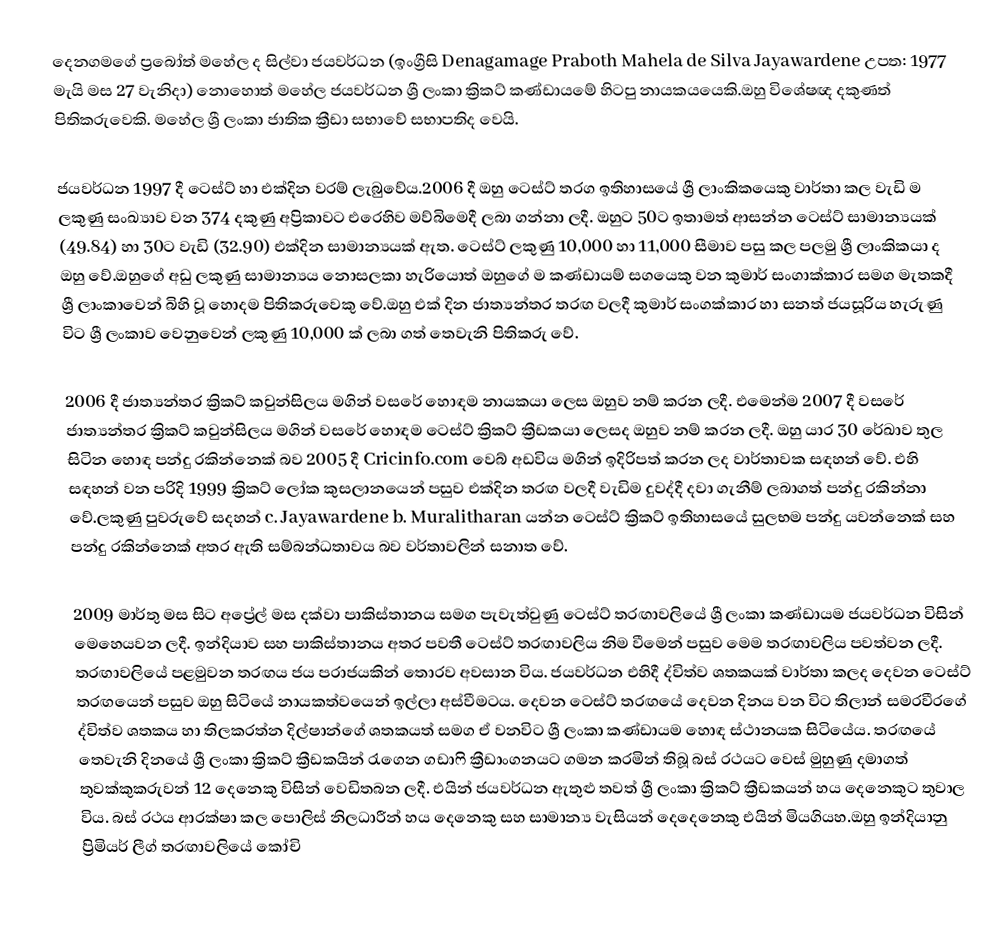
දෙනගමගේ ප්‍රබෝත් මහේල ද සිල්වා ජයවර්ධන (ඉංග්‍රීසි Denagamage Praboth Mahela de Silva Jayawardene උපත: 1977 මැයි මස 27 වැනිදා) නොහොත් මහේල ජයවර්ධන ශ්‍රී ලංකා ක්‍රිකට් කණ්ඩායමේ හිටපු නායකයයෙකි.ඔහු විශේෂඥ දකුණත් පිතිකරුවෙකි. මහේල ශ්‍රී ලංකා ජාතික ක්‍රීඩා සභාවේ සභාපතිද වෙයි.

ජයවර්ධන 1997 දී ටෙස්ට් හා එක්දින වරම් ලැබුවේය.2006 දී ඔහු ටෙස්ට් තරග ඉතිහාසයේ ශ්‍රී ලාංකිකයෙකු වාර්තා කල වැඩි ම ලකුණු සංඛ්‍යාව වන 374 දකුණු අප්‍රිකාවට එරෙහිව මව්බිමෙදී ලබා ගන්නා ලදී. ඔහුට 50ට ඉතාමත් ආසන්න ටෙස්ට් සාමාන්‍යයක් (49.84) හා 30ට  වැඩි (32.90) එක්දින සාමාන්‍යයක් ඇත. ටෙස්ට් ලකුණු 10,000 හා 11,000 සීමාව පසු කල පලමු ශ්‍රී ලාංකිකයා ද ඔහු වේ.ඔහුගේ අඩු ලකුණු සාමාන්‍යය නොසලකා හැරියොත් ඔහුගේ ම කණ්ඩායම් සගයෙකු වන කුමාර් සංගාක්කාර සමග මැතකදී ශ්‍රී ලාංකාවෙන් බිහි වූ හොදම පිතිකරුවෙකු වේ.ඔහු එක් දින ජාත්‍යන්තර තරඟ වලදී කුමාර් සංගක්කාර හා සනත් ජයසූරිය හැරුණු විට  ශ්‍රී ලංකාව වෙනුවෙන් ලකුණු 10,000 ක් ලබා ගත් තෙවැනි පිතිකරු වේ.

2006 දී ජාත්‍යන්තර ක්‍රිකට් කවුන්සිලය මගින් වසරේ හොඳම නායකයා ලෙස ඔහුව නම් කරන ලදී. එමෙන්ම 2007 දී වසරේ ජාත්‍යන්තර ක්‍රිකට් කවුන්සිලය මගින් වසරේ හොඳම ටෙස්ට් ක්‍රිකට් ක්‍රීඩකයා ලෙසද ඔහුව නම් කරන ලදී. ඔහු යාර 30 රේඛාව තුල සිටින හොඳ පන්දු රකින්නෙක් බව 2005 දී Cricinfo.com වෙබ් අඩවිය මගින් ඉදිරිපත් කරන ලද වාර්තාවක සඳහන් වේ. එහි සඳහන් වන පරිදි 1999 ක්‍රිකට් ලෝක කුසලානයෙන් පසුව එක්දින තරඟ වලදී වැඩිම දුවද්දී දවා ගැනීම් ලබාගත් පන්දු රකින්නා වේ.ලකුණු පුවරුවේ සදහන් c. Jayawardene b. Muralitharan යන්න ටෙස්ට් ක්‍රිකට් ඉතිහාසයේ සුලභම පන්දු යවන්නෙක් සහ පන්දු රකින්නෙක් අතර ඇති සම්බන්ධතාවය බව වර්තාවලින් සනාත වේ.

2009 මාර්තු මස සිට අප්‍රේල් මස දක්වා පාකිස්තානය සමග පැවැත්වුණු ටෙස්ට් තරඟාවලියේ ශ්‍රී ලංකා කණ්ඩායම ජයවර්ධන විසින් මෙහෙයවන ලදී. ඉන්දියාව සහ පාකිස්තානය අතර පවතී ටෙස්ට් තරඟාවලිය නිම වීමෙන් පසුව මෙම තරඟාවලිය පවත්වන ලදී. තරඟාවලියේ පළමුවන තරඟය ජය පරාජයකින් තොරව අවසාන විය. ජයවර්ධන එහිදී ද්විත්ව ශතකයක් වාර්තා කලද දෙවන ටෙස්ට් තරඟයෙන් පසුව ඔහු සිටියේ නායකත්වයෙන් ඉල්ලා අස්වීමටය. දෙවන ටෙස්ට් තරඟයේ දෙවන දිනය වන විට තිලාන් සමරවීරගේ ද්විත්ව ශතකය හා තිලකරත්න දිල්ෂාන්ගේ ශතකයත් සමග ඒ වනවිට ශ්‍රී ලංකා කණ්ඩායම හොඳ ස්ථානයක සිටියේය. තරඟයේ තෙවැනි දිනයේ ශ්‍රී ලංකා ක්‍රිකට් ක්‍රීඩකයින් රැගෙන ගඩාෆි ක්‍රීඩාංගනයට ගමන කරමින් තිබූ බස් රථයට වෙස් මුහුණු දමාගත් තුවක්කුකරුවන් 12 දෙනෙකු විසින් වෙඩිතබන ලදී. එයින් ජයවර්ධන  ඇතුළු තවත් ශ්‍රී ලංකා ක්‍රිකට් ක්‍රීඩකයන් හය දෙනෙකුට තුවාල විය. බස් රථය ආරක්ෂා කල පොලිස් නිලධාරීන් හය දෙනෙකු සහ සාමාන්‍ය වැසියන් දෙදෙනෙකු එයින් මියගියහ.ඔහු ඉන්දියානු ප්‍රිමියර් ලීග් තරඟාවලියේ කෝචි